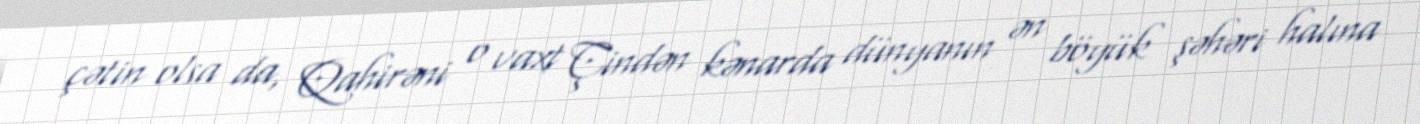
çətin olsa da, Qahirəni o vaxt Çindən kənarda dünyanın ən böyük şəhəri halına